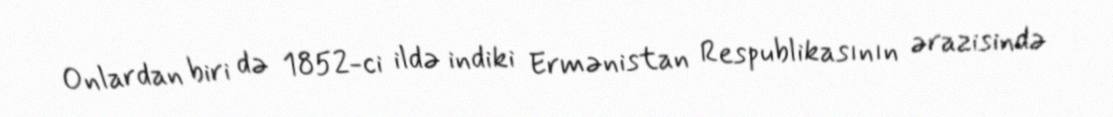
Onlardan biri də 1852-ci ildə indiki Ermənistan Respublikasının ərazisində